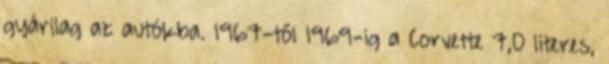
gyárilag az autókba. 1967-től 1969-ig a Corvette 7,0 literes,